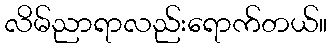
လိမ်ညာရာလည်းရောက်တယ်။